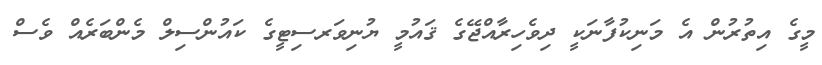
މީގެ އިތުރުން އެ މަނިކުފާނަކީ ދިވެހިރާއްޖޭގެ ޤައުމީ ޔުނިވަރސިޓީގެ ކައުންސިލް މެންބަރެއް ވެސް